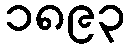
၁၈၉၃